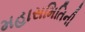
મહાસમિતિની